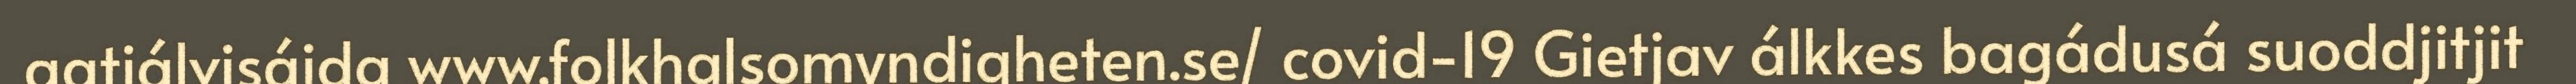
gatjálvisájda www.folkhalsomyndigheten.se/ covid-19 Gietjav álkkes bagádusá suoddjitjit